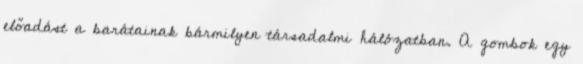
előadást a barátainak bármilyen társadalmi hálózatban. A gombok egy